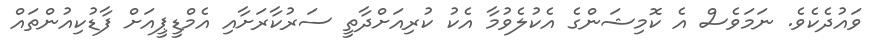
ވައުދެކެވެ. ނަމަވެސް އެ ކޮމިޝަންގެ އެކުލެވުމާ އެކުު ކުރިއަށްދާތީ ސަރުކާރަށާއި އެމްޑީޕީއަށް ފާޑުކިއުންތައް